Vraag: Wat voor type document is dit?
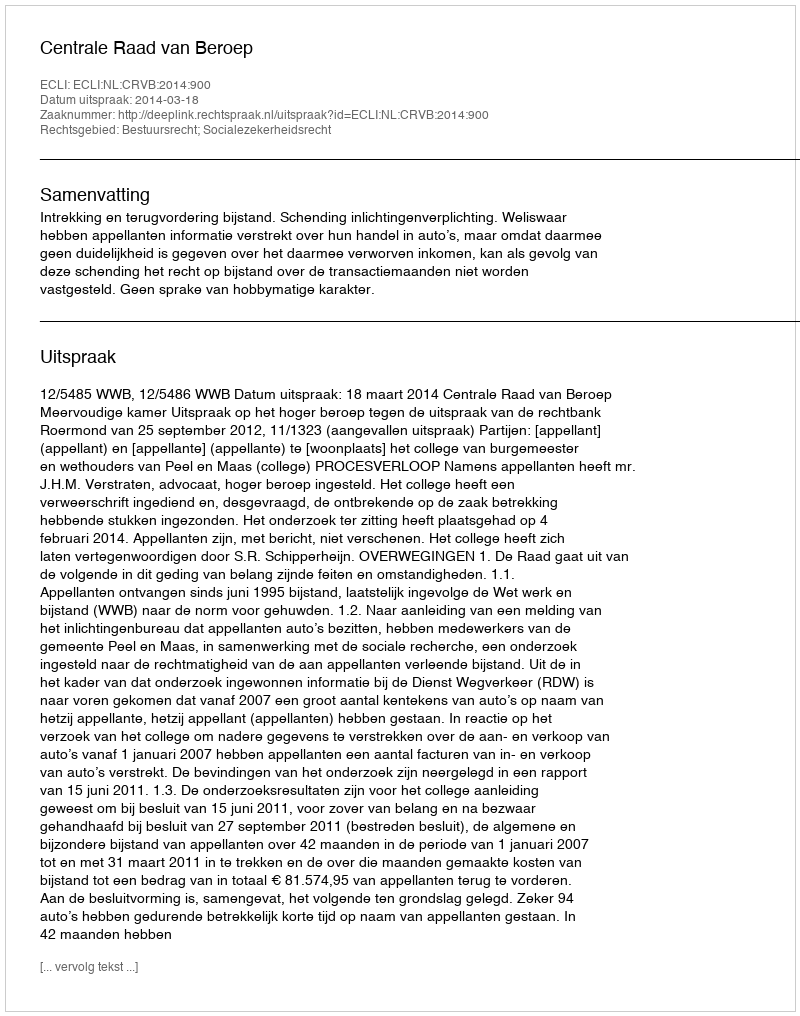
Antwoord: Uitspraak